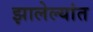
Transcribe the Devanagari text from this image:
झालेल्यांत